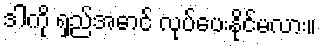
ဒါကို ရှည်အောင် လုပ်ပေးနိုင်မလား။